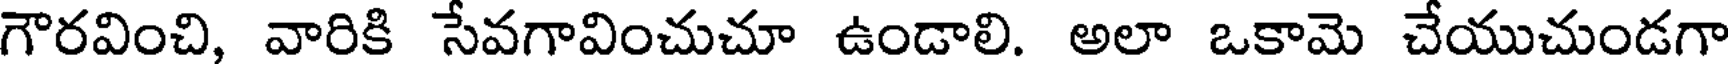
గౌరవించి, వారికి సేవగావించుచూ ఉండాలి. అలా ఒకామె చేయుచుండగా